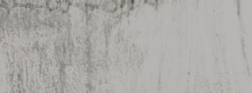
محل بيع الدراجات الهوائية